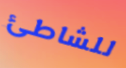
للشاطئ